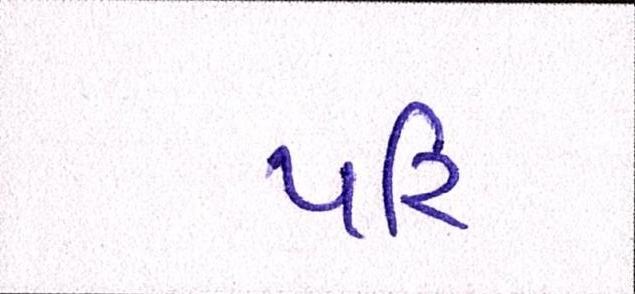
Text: પરિ